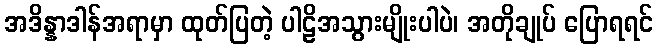
အဒိန္နာဒါန်အရာမှာ ထုတ်ပြတဲ့ ပါဠိအသွားမျိုးပါပဲ၊ အတိုချုပ် ပြောရရင်